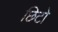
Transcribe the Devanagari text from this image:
छिटो